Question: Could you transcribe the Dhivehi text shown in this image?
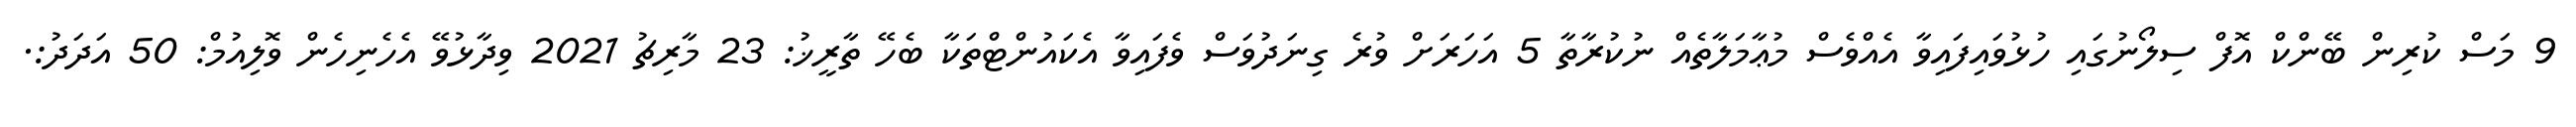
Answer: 9 މަސް ކުރިން ބޭންކް އޮފް ސިލޯނުގައި ހުޅުވައިފައިވާ އެއްވެސް މުޢާމަލާތެއް ނުކުރާތާ 5 އަހަރަށް ވުރެ ގިނަދުވަސް ވެފައިވާ އެކައުންޓްތަކާ ބެހޭ ތާރީޚު: 23 މާރިޗު 2021 ވިދާޅުވޭ އެހެނިހެން ވޮލިއުމް: 50 އަދަދު:.